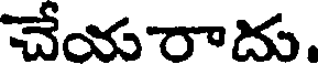
చేయరాదు.